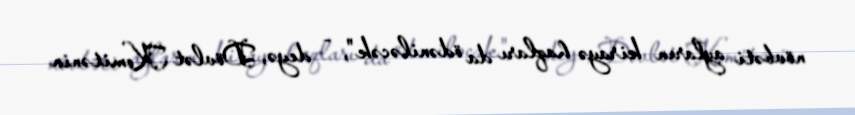
növbəti ayların kirayə haqları da ödəniləcək", - deyə, Dövlət Komitənin